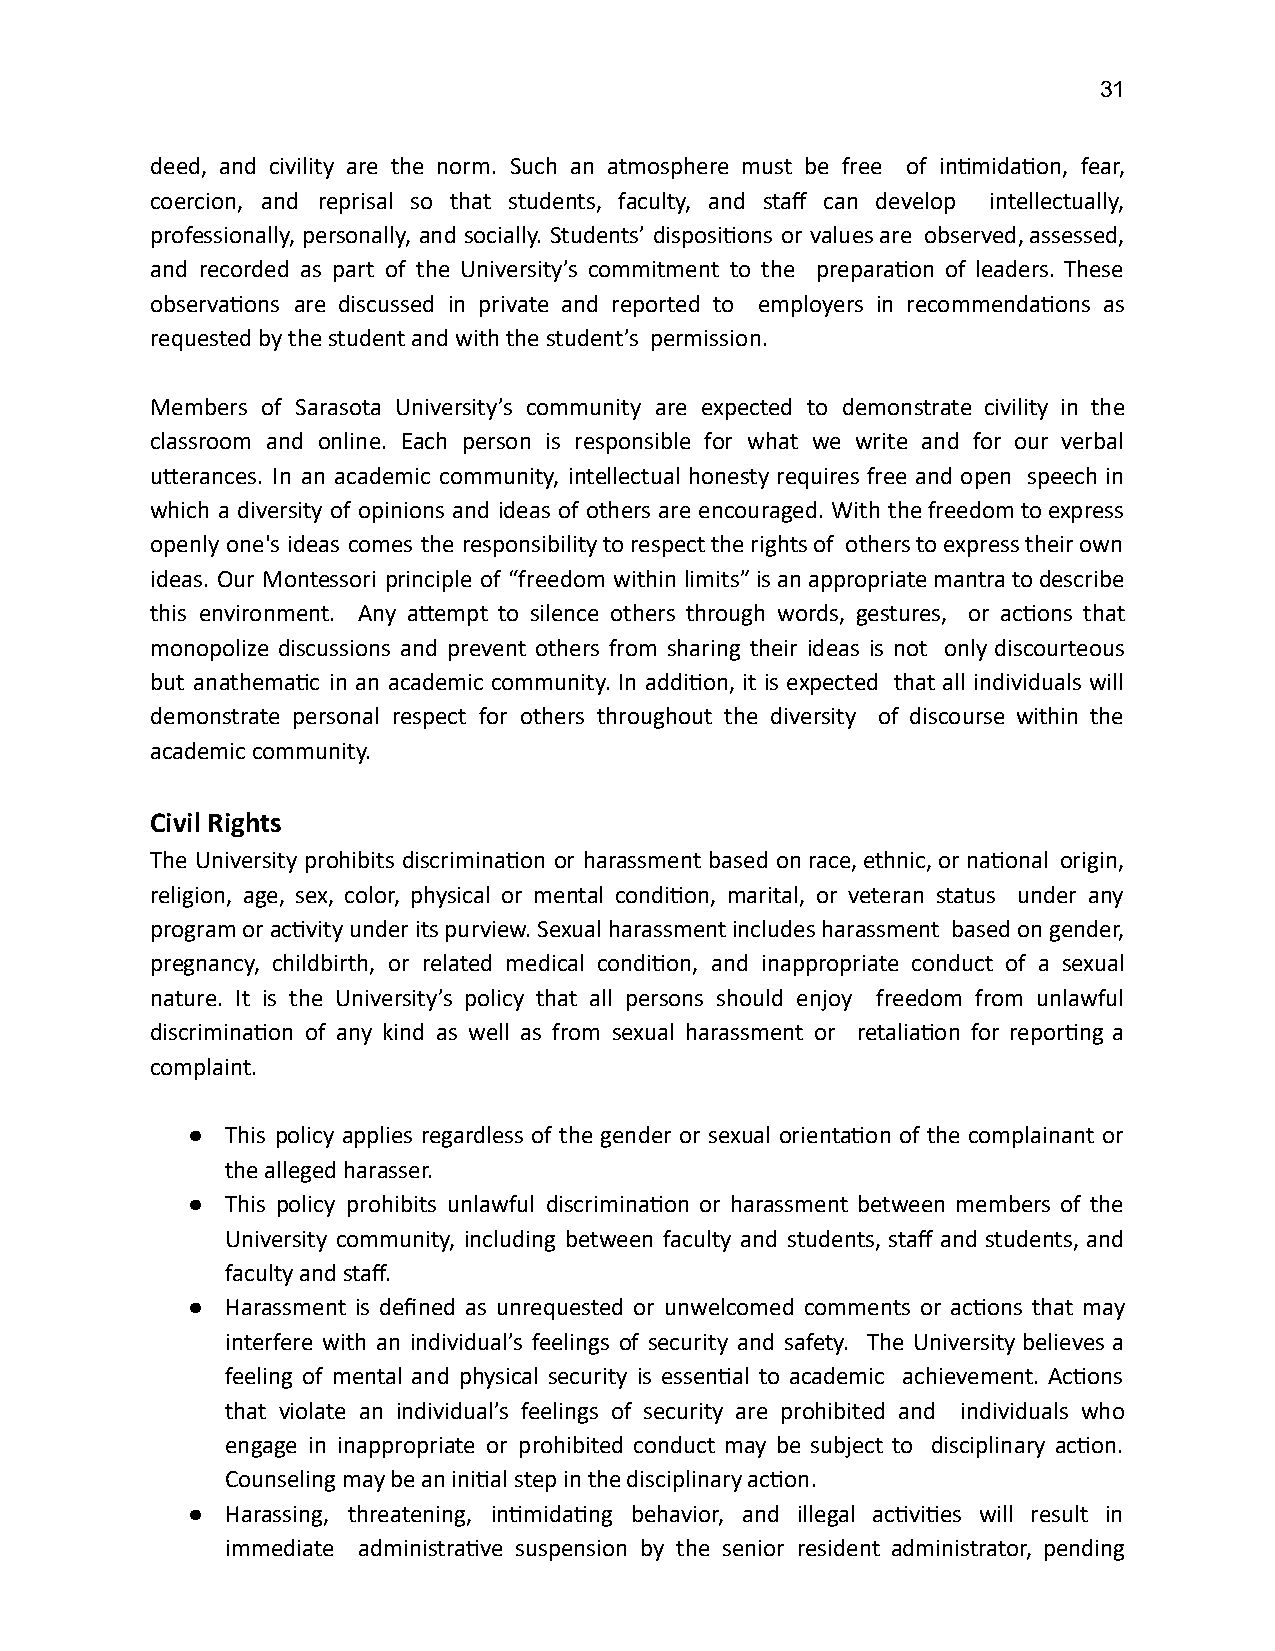
31
 deed, and civility are the norm. Such an atmosphere must be free of inmidaon, fear,
 coercion, and reprisal so that students, faculty, and staff can develop intellectually,
 professionally, personally, and socially. Students’ disposions or values are observed, assessed,
 and recorded as part of the University’s commitment to the preparaon of leaders. These
 observaons are discussed in private and reported to employers in recommendaons as
 requested by the student and with the student’s permission.
 Members of Sarasota University’s community are expected to demonstrate civility in the
 classroom and online. Each person is responsible for what we write and for our verbal
 uerances. In an academic community, intellectual honesty requires free and open speech in
 which a diversity of opinions and ideas of others are encouraged. With the freedom to express
 openly one's ideas comes the responsibility to respect the rights of others to express their own
 ideas. Our Montessori principle of “freedom within limits” is an appropriate mantra to describe
 this environment. Any aempt to silence others through words, gestures, or acons that
 monopolize discussions and prevent others from sharing their ideas is not only discourteous
 but anathemac in an academic community. In addion, it is expected that all individuals will
 demonstrate personal respect for others throughout the diversity of discourse within the
 academic community.
 Civil Rights
 The University prohibits discriminaon or harassment based on race, ethnic, or naonal origin,
 religion, age, sex, color, physical or mental condion, marital, or veteran status under any
 program or acvity under its purview. Sexual harassment includes harassment based on gender,
 pregnancy, childbirth, or related medical condion, and inappropriate conduct of a sexual
 nature. It is the University’s policy that all persons should enjoy freedom from unlawful
 discriminaon of any kind as well as from sexual harassment or retaliaon for reporng a
 complaint.
 ●  This policy applies regardless of the gender or sexual orientaon of the complainant or
 the alleged harasser.
 ●  This policy prohibits unlawful discriminaon or harassment between members of the
 University community, including between faculty and students, staff and students, and
 faculty and staff.
 ●  Harassment is defined as unrequested or unwelcomed comments or acons that may
 interfere with an individual’s feelings of security and safety. The University believes a
 feeling of mental and physical security is essenal to academic achievement. Acons
 that violate an individual’s feelings of security are prohibited and individuals who
 engage in inappropriate or prohibited conduct may be subject to disciplinary acon.
 Counseling may be an inial step in the disciplinary acon.
 ●  Harassing, threatening, inmidang behavior, and illegal acvies will result in
 immediate administrave suspension by the senior resident administrator, pending